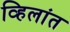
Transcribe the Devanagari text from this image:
व्हिलांत